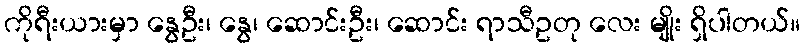
ကိုရီးယားမှာ နွေဦး၊ နွေ၊ ဆောင်းဦး၊ ဆောင်း ရာသီဥတု လေး မျိုး ရှိပါတယ်။